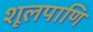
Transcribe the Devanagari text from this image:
शूलपाणि